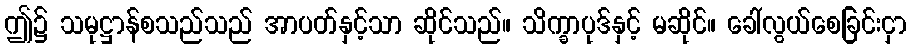
ဤ၌ သမုဋ္ဌာန်စသည်သည် အာပတ်နှင့်သာ ဆိုင်သည်။ သိက္ခာပုဒ်နှင့် မဆိုင်။ ခေါ်လွယ်စေခြင်းငှာ